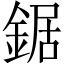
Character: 鋸